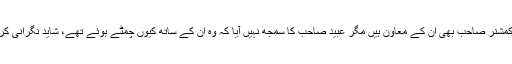
صدرالصدور تو واقعی خدمت گار ہیں‘ جناب کمشنر صاحب بھی ان کے معاون ہیں مگر عبید صاحب کا سمجھ نہیں آیا کہ وہ ان کے ساتھ کیوں چمٹے ہوئے تھے، شاید نگرانی کررہے تھے کہ وہ پورا بکرا ہضم نہ کر جائیں۔